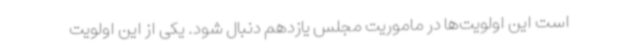
است این اولویت‌ها در ماموریت مجلس یازدهم دنبال شود. یکی از این اولویت